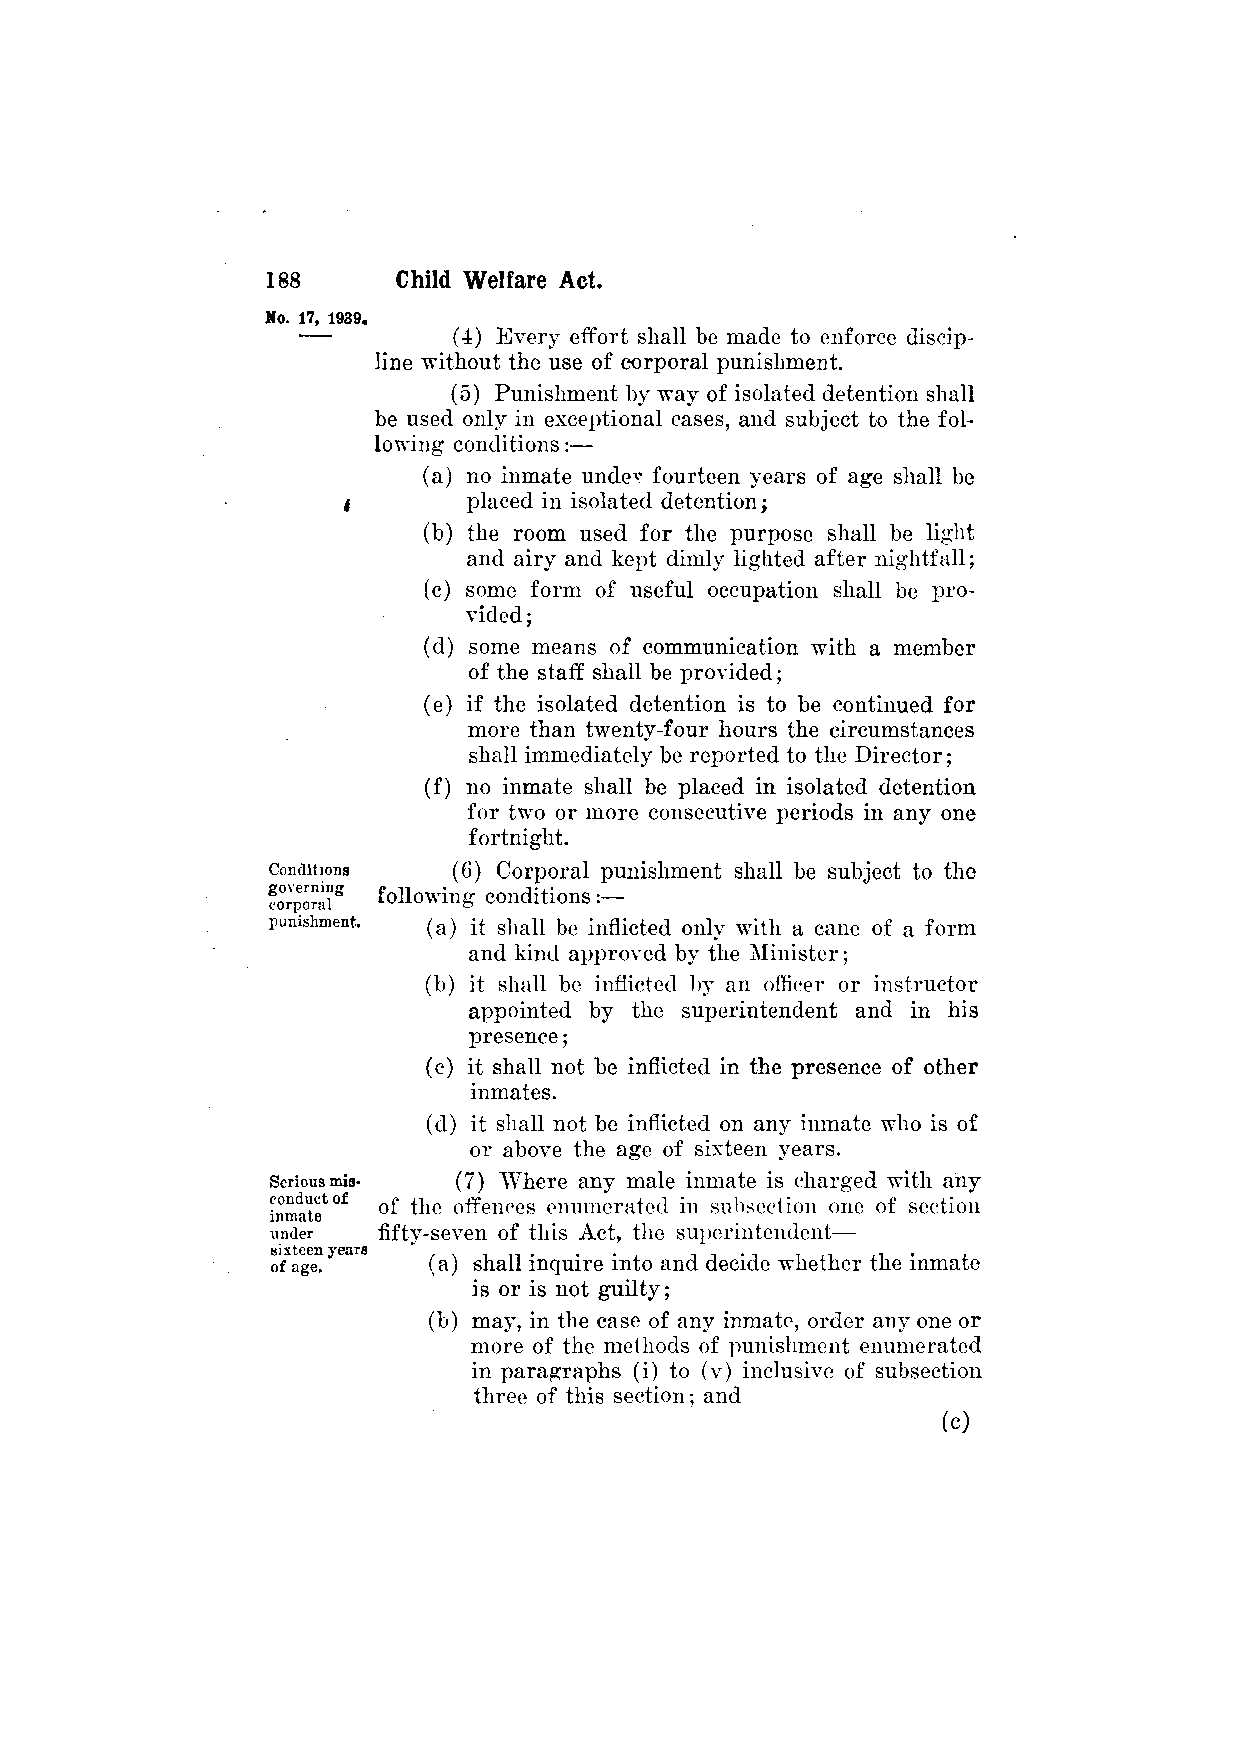
(4) Every effort shall be made to enforce discip­
 line without the use of corporal punishment.
 (5) Punishment by way of isolated detention shall
 be used only in exceptional cases, and subject to the fol­
 lowing conditions:—
 (a) no inmate undev fourteen years of age shall be
 placed in isolated detention;
 (b) the room used for the purpose shall be light
 and airy and kept dimly lighted after nightfall;
 (c) some form of useful occupation shall be pro­
 vided ;
 (d) some means of communication with a member
 of the staff shall be provided;
 (e) if the isolated detention is to be continued for
 more than twenty-four hours the circumstances
 shall immediately be reported to the Director;
 (f) no inmate shall be placed in isolated detention
 for two or more consecutive periods in any one
 fortnight.
 (6) Corporal punishment shall be subject to the
 following conditions:—
 (a) it shall be inflicted only with a cane of a form
 and kind approved by the Minister;
 (b) it shall be inflicted by an officer or instructor
 appointed by the superintendent and in his
 presence;
 (c) it shall not be inflicted in the presence of other
 inmates.
 (d) it shall not be inflicted on any inmate who is of
 or above the age of sixteen years.
 (7) "Where any male inmate is charged with any
 of the offences enumerated in subsection one of section
 fifty-seven of this Act, the superintendent—
 (a) shall inquire into and decide whether the inmate
 is or is not guilty;
 (b) may, in the case of any inmate, order any one or
 more of the methods of punishment enumerated
 in paragraphs (i) to (v) inclusive of subsection
 three of this section; and
 (c)